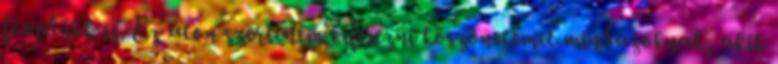
fővédnök is. Ez úton szeretném kifejezni köszönetemet mindazoknak, akik